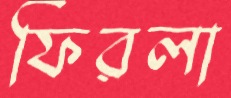
ফিরলা